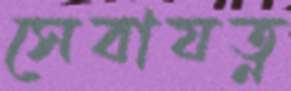
সেবাযত্ন